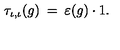
\tau _ { \iota , \iota } ( g ) \: = \: \varepsilon ( g ) \cdot 1 .